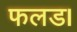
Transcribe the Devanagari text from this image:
फलड।